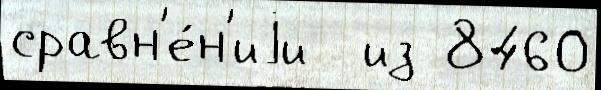
сравн'е́н'иjи  из 8460